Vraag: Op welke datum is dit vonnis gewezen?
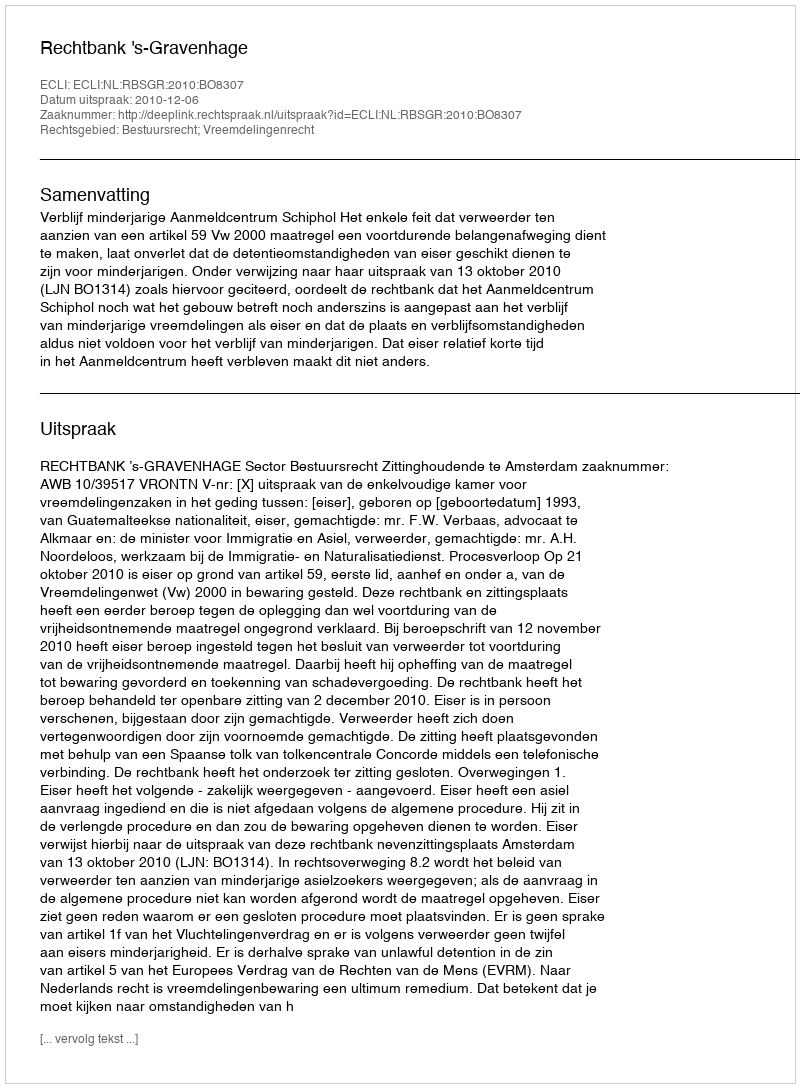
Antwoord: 2010-12-06